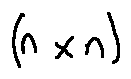
( n \times n )